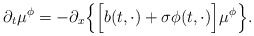
\begin{align*}\partial_t\mu^\phi = -\partial_x\Big\{\Big[ b(t, \cdot) + \sigma\phi(t, \cdot)\Big]\mu^\phi \Big\}.\end{align*}